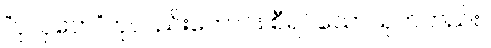
“ဝုလှတေ”ဟုလည်းကောင်း စီရင်သောသုတ်တည်း။